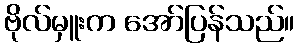
ဗိုလ်မှူးက အော်ပြန်သည်။